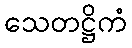
သေတဋ္ဌိကံ